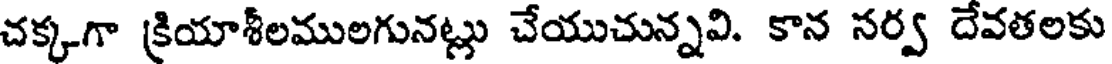
చక్కగా క్రియాశీలములగునట్లు చేయుచున్నవి. కాన సర్వ దేవతలకు